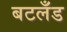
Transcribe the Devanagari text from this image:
बटलँड